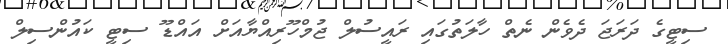
ސިޓީގެ ދަރަޖަ ދެވެން ނެތް ހާލަތުގައި ރައީސުލް ޖުމްހޫރިއްޔާއަށް އައްޑޫ ސިޓީ ކައުންސިލް